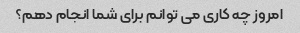
امروز چه کاری می توانم برای شما انجام دهم؟